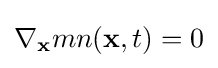
\nabla _{\mathbf {x} }mn(\mathbf {x} ,t)=0